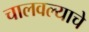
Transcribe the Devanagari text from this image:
चालवल्याचे